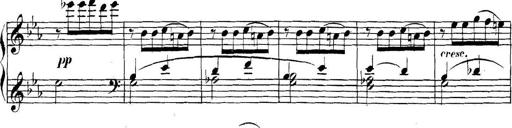
Title: Collected Piano Sonatas
Composer: Muzio Clementi